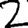
Digit: 2